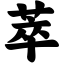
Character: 萃